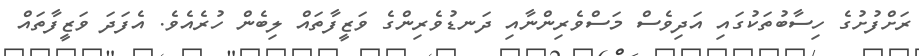
ރަށްފުށުގެ ހިސާބުތަކުގައި އަދިވެސް މަސްވެރިންނާއި ދަނޑުވެރިންގެ ވަޒީފާތައް ލިބެން ހުރެއެވެ. އެފަދަ ވަޒީފާތައް